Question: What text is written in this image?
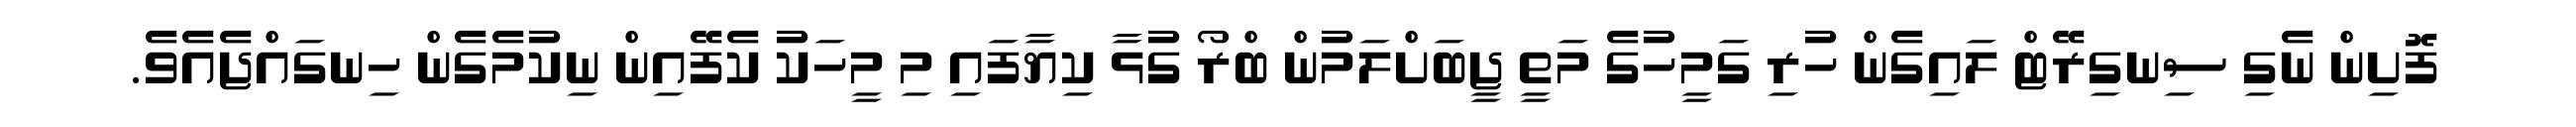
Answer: ފޮށިން ނެގި ސިނގިރޭޓް ލައިގެން ހުރި ގަމީހުގެ މަތީ ޖީބަށްލަމުން ބްރޯ ގުޅާ ކިޔާފައި މި މީހަކު ކެފޭއިން ނިކުމެގެން ހިނގައްޖެއެވެ.